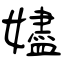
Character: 嬧